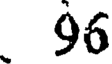
96